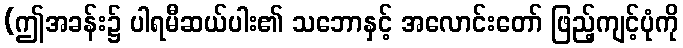
(ဤအခန်း၌ ပါရမီဆယ်ပါး၏ သဘောနှင့် အလောင်းတော် ဖြည့်ကျင့်ပုံကို